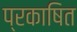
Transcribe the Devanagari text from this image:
प्रकाषित